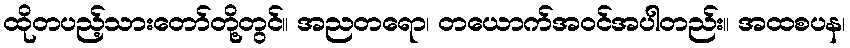
ထိုတပည့်သားတော်တို့တွင်။ အညတရော၊ တယောက်အဝင်အပါတည်း။ အထစပန၊